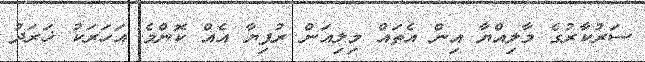
ސަރުކާރުގެ މާލިއްޔާ އިން އެތައް މިލިއަން ރުފިޔާ އެއް ކޮންމެ އަހަރަކު ޚަރަދު